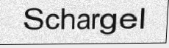
Schargel